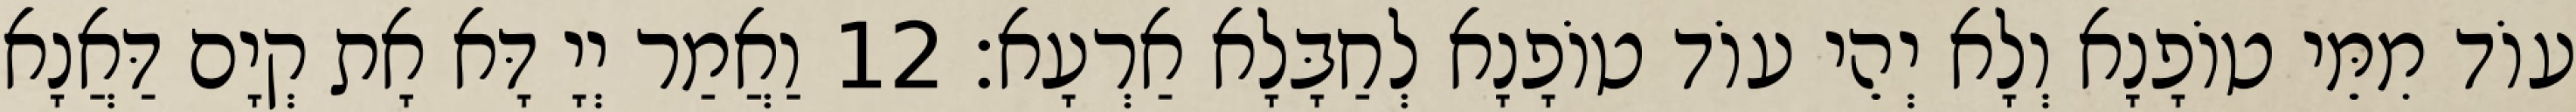
עוֹד מִמֵּי טוֹפָנָא וְלָא יְהֵי עוֹד טוֹפָנָא לְחַבָּלָא אַרְעָא׃ 12 וַאֲמַר יְיָ דָּא אָת קְיָם דַּאֲנָא